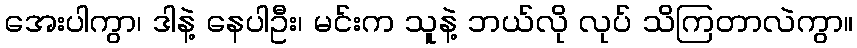
အေးပါကွာ၊ ဒါနဲ့ နေပါဦး၊ မင်းက သူနဲ့ ဘယ်လို လုပ် သိကြတာလဲကွာ။